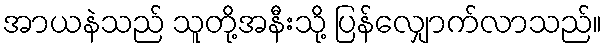
အာယနဲသည် သူတို့အနီးသို့ ပြန်လျှောက်လာသည်။